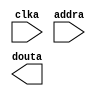
module happy_red_rom(
	clka,
	addra,
	douta);


input clka;
input [3 : 0] addra;
output [3 : 0] douta;

// synthesis translate_off

      BLK_MEM_GEN_V2_8 #(
		.C_ADDRA_WIDTH(4),
		.C_ADDRB_WIDTH(4),
		.C_ALGORITHM(1),
		.C_BYTE_SIZE(9),
		.C_COMMON_CLK(0),
		.C_DEFAULT_DATA("0"),
		.C_DISABLE_WARN_BHV_COLL(0),
		.C_DISABLE_WARN_BHV_RANGE(0),
		.C_FAMILY("virtex2"),
		.C_HAS_ENA(0),
		.C_HAS_ENB(0),
		.C_HAS_MEM_OUTPUT_REGS_A(0),
		.C_HAS_MEM_OUTPUT_REGS_B(0),
		.C_HAS_MUX_OUTPUT_REGS_A(0),
		.C_HAS_MUX_OUTPUT_REGS_B(0),
		.C_HAS_REGCEA(0),
		.C_HAS_REGCEB(0),
		.C_HAS_SSRA(0),
		.C_HAS_SSRB(0),
		.C_INIT_FILE_NAME("happy_red_rom.mif"),
		.C_LOAD_INIT_FILE(1),
		.C_MEM_TYPE(3),
		.C_MUX_PIPELINE_STAGES(0),
		.C_PRIM_TYPE(1),
		.C_READ_DEPTH_A(16),
		.C_READ_DEPTH_B(16),
		.C_READ_WIDTH_A(4),
		.C_READ_WIDTH_B(4),
		.C_SIM_COLLISION_CHECK("ALL"),
		.C_SINITA_VAL("0"),
		.C_SINITB_VAL("0"),
		.C_USE_BYTE_WEA(0),
		.C_USE_BYTE_WEB(0),
		.C_USE_DEFAULT_DATA(0),
		.C_USE_ECC(0),
		.C_USE_RAMB16BWER_RST_BHV(0),
		.C_WEA_WIDTH(1),
		.C_WEB_WIDTH(1),
		.C_WRITE_DEPTH_A(16),
		.C_WRITE_DEPTH_B(16),
		.C_WRITE_MODE_A("WRITE_FIRST"),
		.C_WRITE_MODE_B("WRITE_FIRST"),
		.C_WRITE_WIDTH_A(4),
		.C_WRITE_WIDTH_B(4),
		.C_XDEVICEFAMILY("virtex2"))
	inst (
		.CLKA(clka),
		.ADDRA(addra),
		.DOUTA(douta),
		.DINA(),
		.ENA(),
		.REGCEA(),
		.WEA(),
		.SSRA(),
		.CLKB(),
		.DINB(),
		.ADDRB(),
		.ENB(),
		.REGCEB(),
		.WEB(),
		.SSRB(),
		.DOUTB(),
		.DBITERR(),
		.SBITERR());


// synthesis translate_on

// XST black box declaration
// box_type "black_box"
// synthesis attribute box_type of happy_red_rom is "black_box"

endmodule